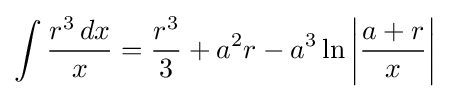
\int {\frac {r^{3}\,dx}{x}}={\frac {r^{3}}{3}}+a^{2}r-a^{3}\ln \left|{\frac {a+r}{x}}\right|